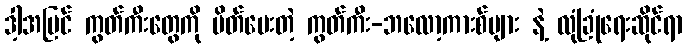
ဒါ့အပြင် ကွတ်ကီးတွေကို ပိတ်ပေးတဲ့ ကွတ်ကီး-ဘလော့ကားစ်များ နဲ့ လုံခြုံရေးဆိုင်ရာ